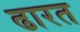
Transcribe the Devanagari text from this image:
ढारत